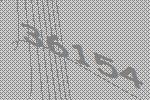
36154